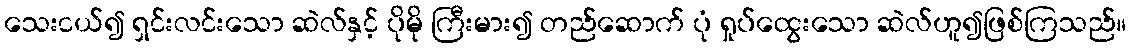
သေးငယ်၍ ရှင်းလင်းသော ဆဲလ်နှင့် ပိုမို ကြီးမား၍ တည်ဆောက် ပုံ ရှုပ်ထွေးသော ဆဲလ်ဟူ၍ဖြစ်ကြသည်။